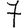
Digit: 7